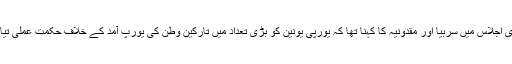
ویانا میں جاری اجلاس میں سربیا اور مقدونیہ کا کہنا تھا کہ یورپی یونین کو بڑی تعداد میں تارکین وطن کی یورپ آمد کے خلاف حکمتِ عملی تیار کرنا ہو گی۔